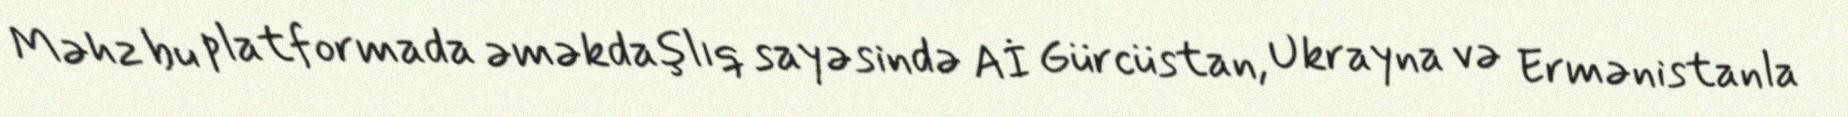
Məhz bu platformada əməkdaşlıq sayəsində Aİ Gürcüstan, Ukrayna və Ermənistanla